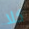
كلا